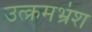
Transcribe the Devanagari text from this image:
उत्क्रमभ्रंश